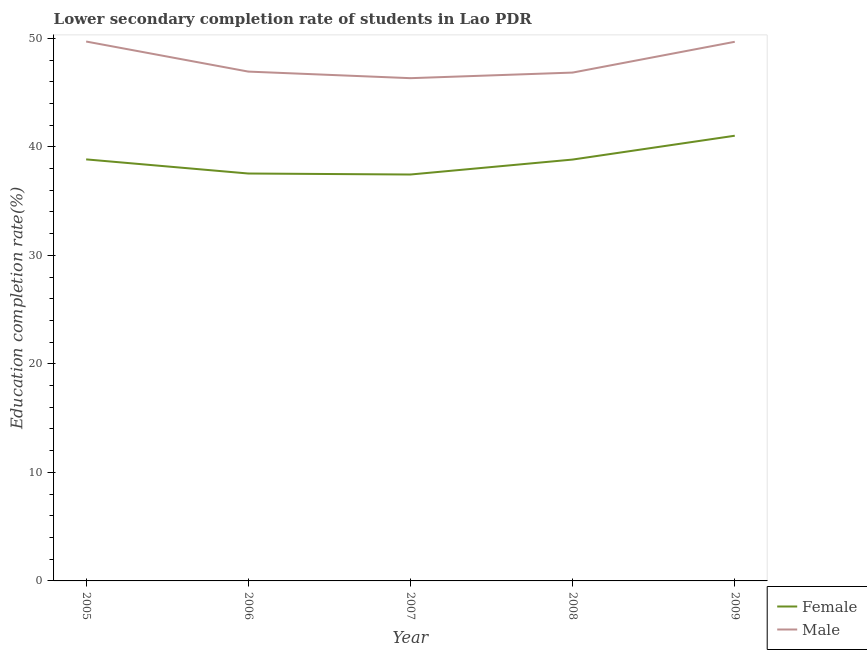
| Year | Female | Male |
 | --- | --- | --- |
 | 2005 | 38.8 | 49.7 |
 | 2006 | 37.5 | 46.9 |
 | 2007 | 37.5 | 46.3 |
 | 2008 | 38.8 | 46.8 |
 | 2009 | 41 | 49.7 |